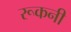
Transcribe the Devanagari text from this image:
रूकनी